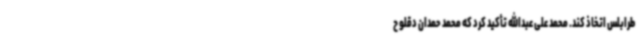
طرابلس اتخاذ کند. محمد علی عبدالله تأکید کرد که محمد حمدان دقلو ح